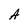
Character: A